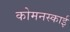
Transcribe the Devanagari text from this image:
कोमनस्काई